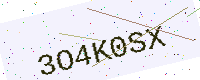
Text: 3O4K0SX